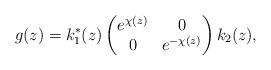
LaTeX: \begin{gather*}g(z)=k_1^*(z)\left(\begin{matrix} e^{\chi(z)}&0\\0&e^{-\chi(z)}\end{matrix}\right)k_2(z),\end{gather*}